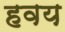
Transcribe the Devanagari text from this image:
हवय